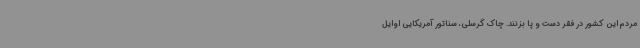
مردم این کشور در فقر دست و پا بزنند. چاک گرسلی، سناتور آمریکایی اوایل